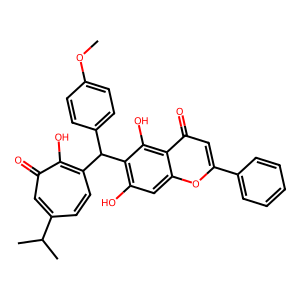
SMILES: COc1ccc(C(c2ccc(C(C)C)cc(=O)c2O)c2c(O)cc3oc(-c4ccccc4)cc(=O)c3c2O)cc1
Inhibits HIV replication: No